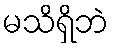
မသိရှိဘဲ